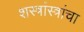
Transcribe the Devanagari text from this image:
शस्त्रांस्त्रांचा